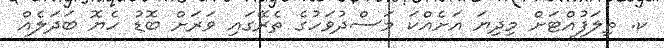
ކ. ތިލަފުއްޓަށް މިދިޔަ އަށެއްކަ މަސްދުވަހުގެ ތެރޭގައި ވަރަށް ބޮޑު ހެޔޮ ބަދަލެއް